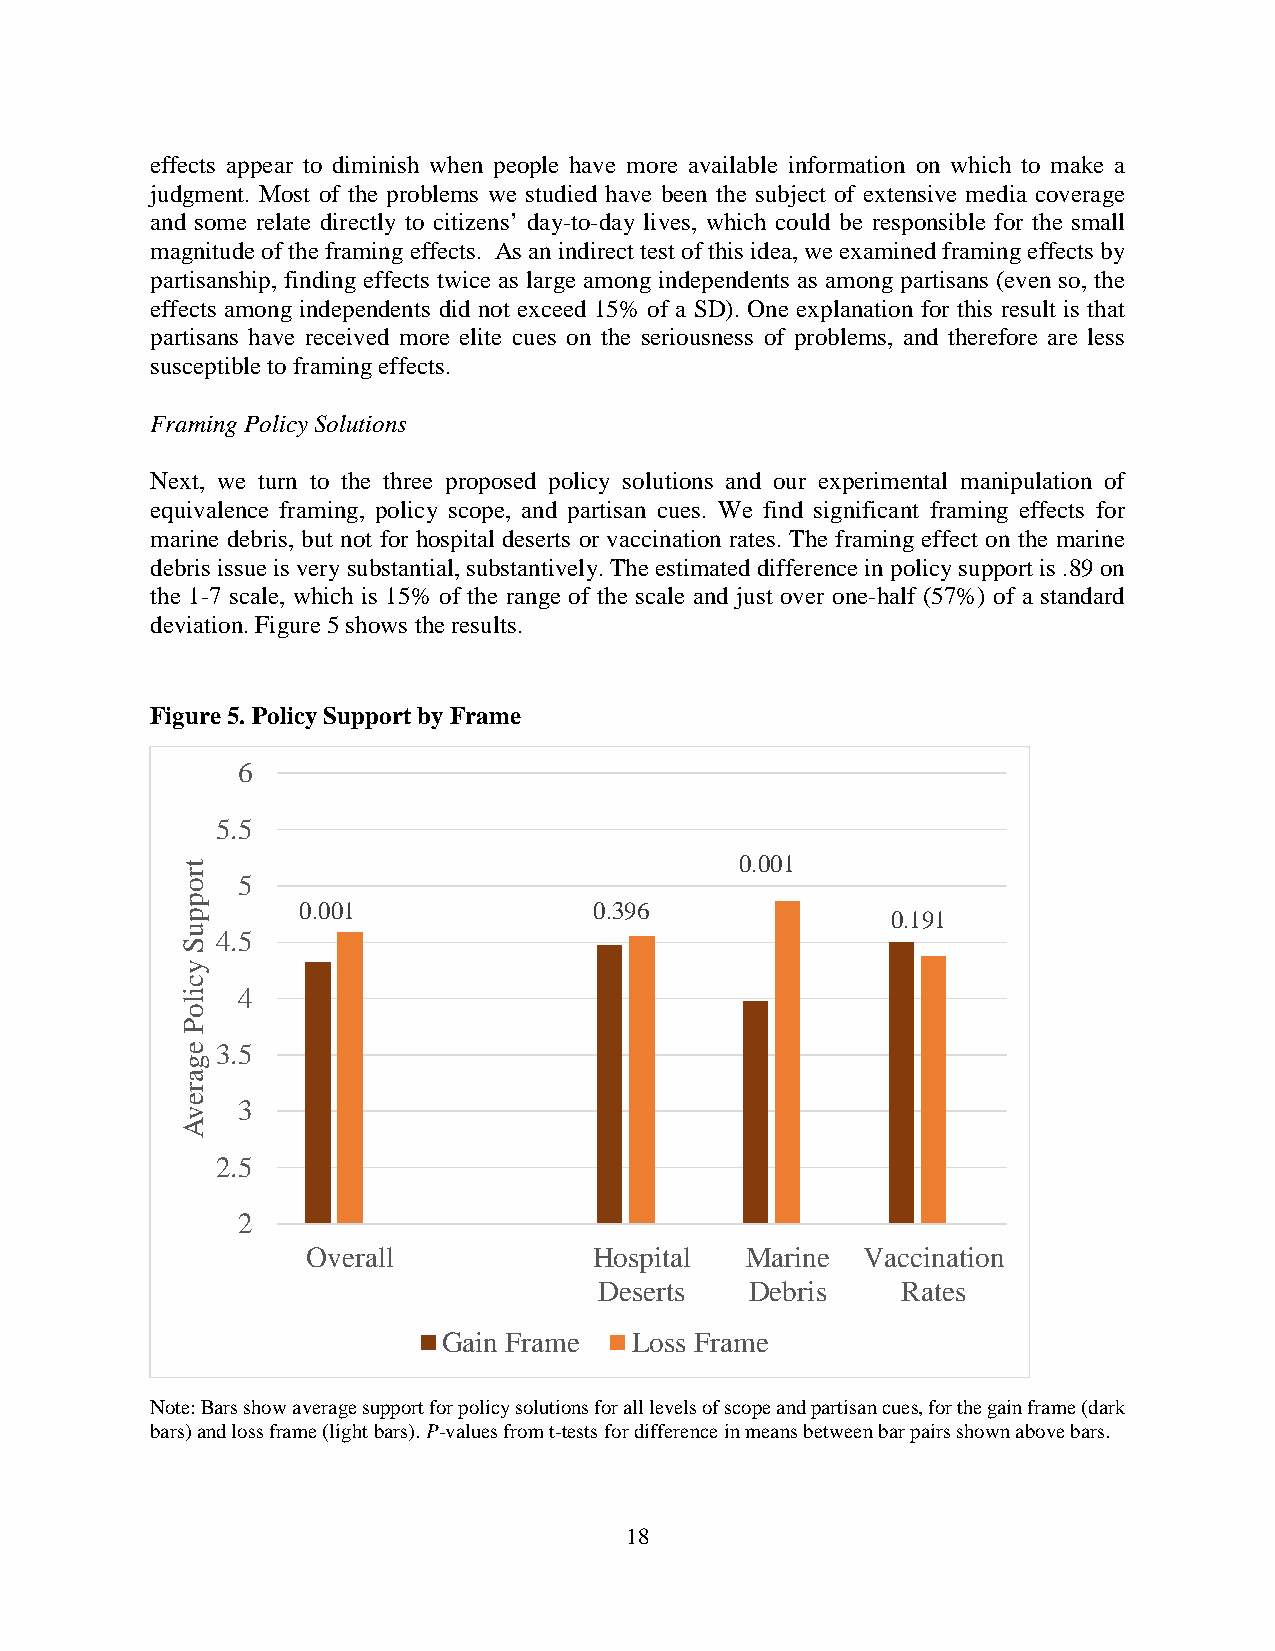
effects appear to diminish when people have more available information on which to make a
 judgment. Most of the problems we studied have been the subject of extensive media coverage
 and some relate directly to citizens’ day-to-day lives, which could be responsible for the small
 magnitude of the framing effects. As an indirect test of this idea, we examined framing effects by
 partisanship, finding effects twice as large among independents as among partisans (even so, the
 effects among independents did not exceed 15% of a SD). One explanation for this result is that
 partisans have received more elite cues on the seriousness of problems, and therefore are less
 susceptible to framing effects.
 Framing Policy Solutions
 Next, we turn to the three proposed policy solutions and our experimental manipulation of
 equivalence framing, policy scope, and partisan cues. We find significant framing effects for
 marine debris, but not for hospital deserts or vaccination rates. The framing effect on the marine
 debris issue is very substantial, substantively. The estimated difference in policy support is .89 on
 the 1-7 scale, which is 15% of the range of the scale and just over one-half (57%) of a standard
 deviation. Figure 5 shows the results.
 Figure 5. Policy Support by Frame
 6
 5.5
 0.001
 5
 0.001              0.396
 0.191
 4.5
 4
 3.5
 3
 2.5
 2
 Overall            Hospital  Marine  Vaccination
 Deserts   Debris    Rates
 Gain Frame   Loss Frame
 Note: Bars show average support for policy solutions for all levels of scope and partisan cues, for the gain frame (dark
 bars) and loss frame (light bars). P-values from t-tests for difference in means between bar pairs shown above bars.
 18
 troppuS
 yciloP
 egarevA